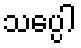
သပ္ပေါ